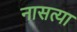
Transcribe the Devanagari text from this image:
नासत्या